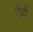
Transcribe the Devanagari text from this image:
टेबों